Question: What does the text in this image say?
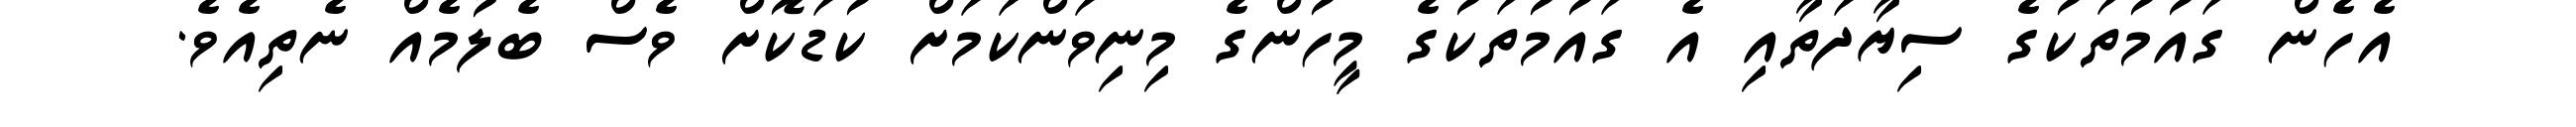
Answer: އެހެން ގައުމުތަކުގެ ސިޔާދަތާއި އެ ގައުމުތަކުގެ މީހުންގެ މިނިވަންކަމަށް ކުޑަކޮށް ވެސް ބެލުމެއް ނެތިއެވެ.